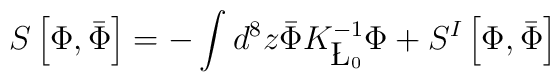
S\left[\Phi,\bar{\Phi}\right] = -\int d^8 z \bar{\Phi}K_{\L_0}^{-1}\Phi+S^I\left[\Phi,\bar{\Phi}\right]